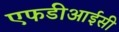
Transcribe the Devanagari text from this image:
एफडीआईसी